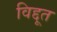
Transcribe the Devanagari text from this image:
विद्दूत